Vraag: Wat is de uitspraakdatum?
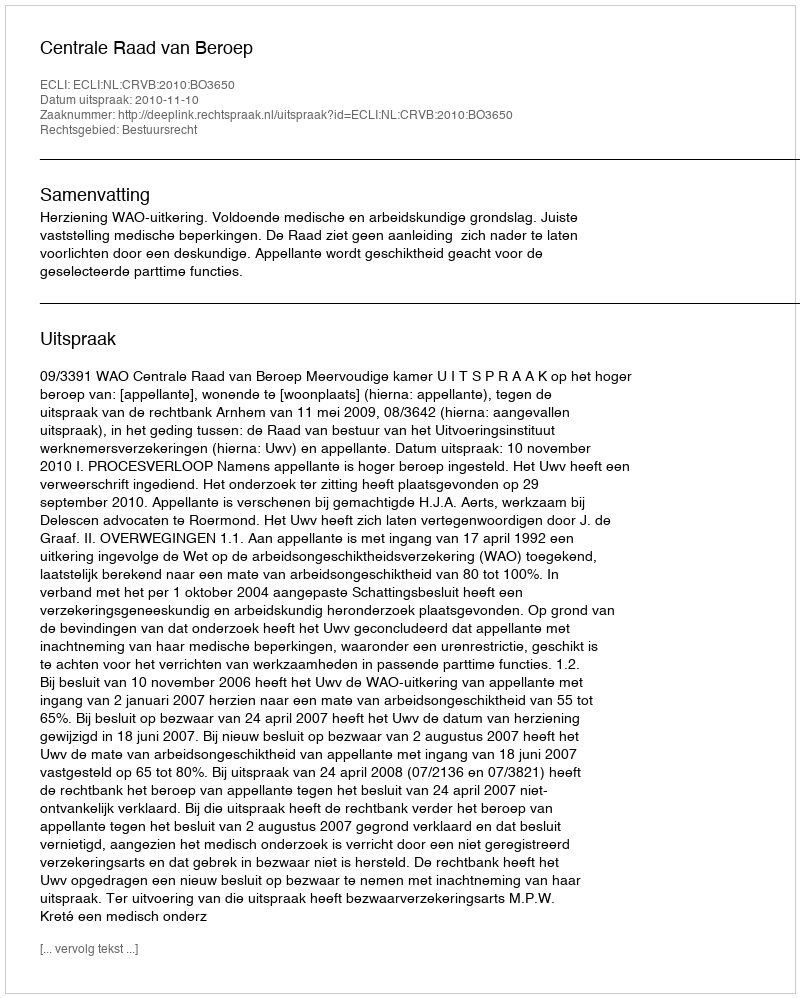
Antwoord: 2010-11-10